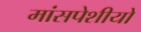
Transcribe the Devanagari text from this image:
मांसपेशीयो